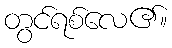
တွင်ရစ်လေ၏။